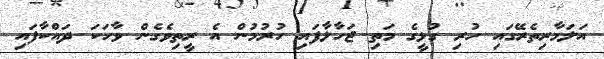
އަލަމާރިތެރޭގައި ހުރި ގުޅީގެ މަތި ޖަހާލާފައި ހުރުމުން އެ ރީތިވެގެން ވާހަކަ ދައްކާފައި